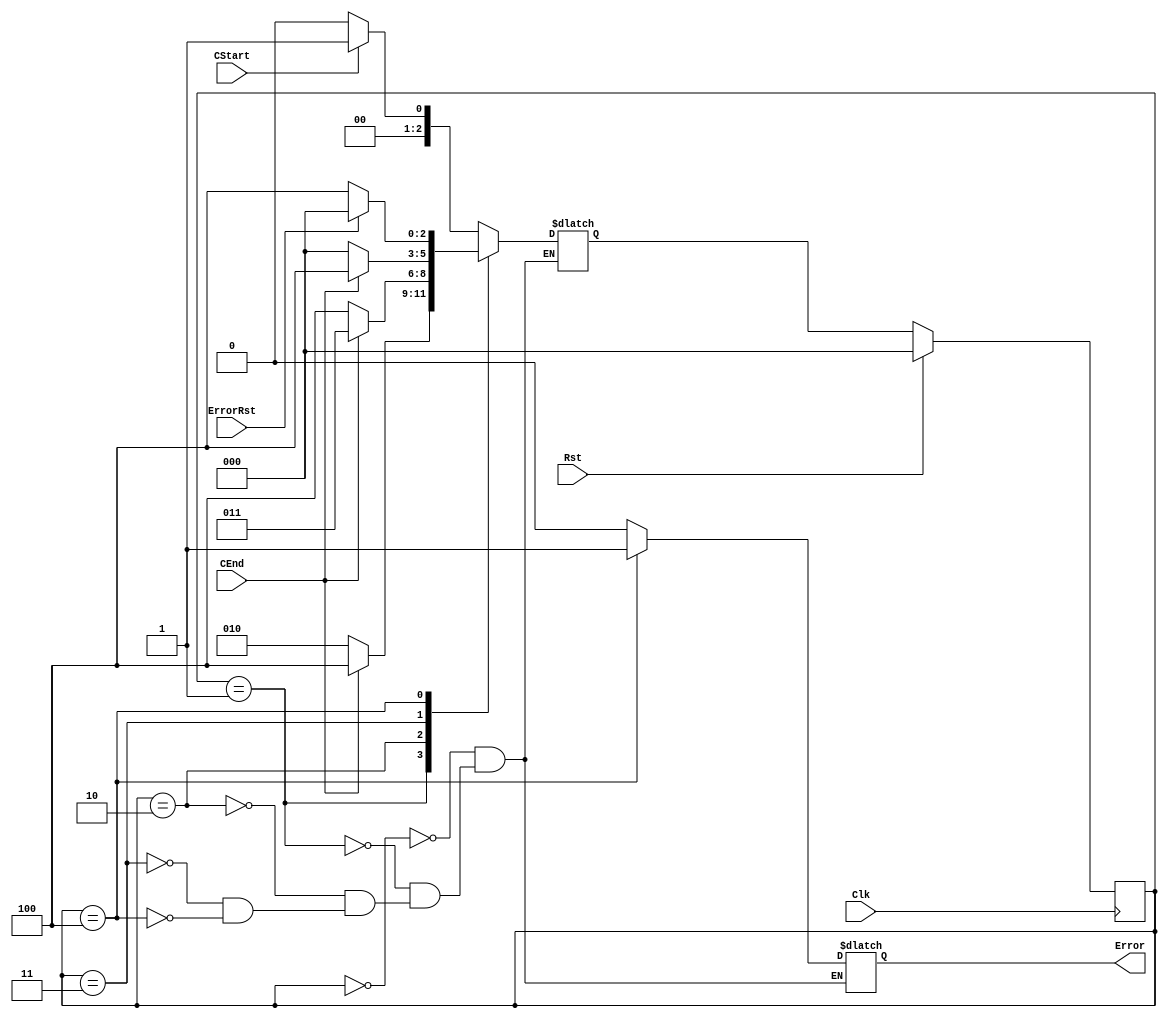
`timescale 1 ns/1 ns
module TimeVerifier(Clk, Rst, CStart, CEnd, ErrorRst, Error);
   input Clk, Rst;
   input CStart, CEnd, ErrorRst;
   output reg Error;
 
   parameter S_Wait = 0, 
             S_Cycle1 = 1, 
             S_Cycle2 = 2, 
             S_CycleEnd = 3, 
             S_Error = 4;
             
   reg [2:0] State, StateNext;
   
   // Comb logic for outputs and next state transitions
   always @(State, CStart, CEnd, ErrorRst) begin
      case (State) 
         S_Wait : begin
            Error <= 0;
            if (CStart == 1) begin
               StateNext <= S_Cycle1;
            end 
            else begin
               StateNext <= S_Wait;
            end
         end
         
         S_Cycle1 : begin
            Error <= 0;
            if (CEnd == 1) begin
               StateNext <= S_Error;
            end
            else begin 
               StateNext <= S_Cycle2;
            end
         end
         
         S_Cycle2 : begin
            Error <= 0;
            if (CEnd == 1) begin
               StateNext <= S_CycleEnd;
            end
            else begin
               StateNext <= S_Error;
            end
         end
         
         S_CycleEnd : begin
            Error <= 0;
            if (CEnd == 1) begin
               StateNext <= S_Error;
            end
            else begin
               StateNext <= S_Wait;
            end
         end
         
         S_Error : begin
             Error <= 1;
             if (ErrorRst == 1) begin
                StateNext <= S_Wait;
             end
             else begin
                StateNext <= S_Error;
             end
         end
      endcase
   end
   
   // State regsiter
   always @(posedge Clk) begin
      if (Rst == 1) begin
         State <= S_Wait;
      end
      else begin
         State <= StateNext;
      end 
   end
endmodule